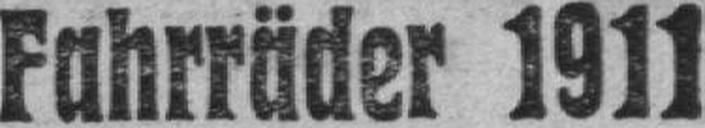
Fahrräder 1911